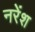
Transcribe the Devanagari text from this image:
नरेंश